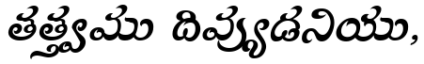
తత్త్వము దివ్యుడనియు,